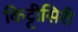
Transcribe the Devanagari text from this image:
किट्टीसिरी